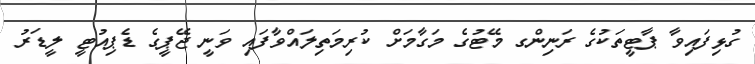
ގުޅިފައިވާ ޕާޓީތަކުގެ ރަނިންގ މޭޓުގެ މަގާމަށް ކުރިމަތިލައްވާފައި ވަނީ ޖޭޕީގެ ޑެޕިއުޓީ ލީޑަރު